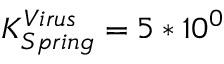
K _ { S p r i n g } ^ { V i r u s } = 5 * 1 0 ^ { 0 }